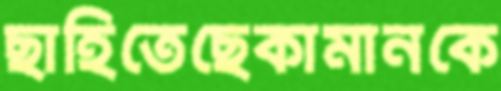
ছাহিতেছেকামানকে